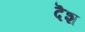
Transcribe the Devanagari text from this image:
दॆश